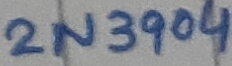
Text: 2N3904